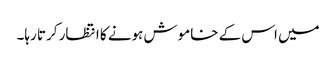
میں اس کے خاموش ہونے کا انتظار کرتا رہا۔